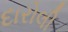
દારોલી